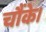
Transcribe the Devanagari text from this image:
चौंके।